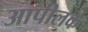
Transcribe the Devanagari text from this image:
आपीलक